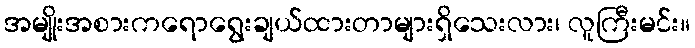
အမျိုးအစားကရောရွေးချယ်ထားတာများရှိသေးလား၊ လူကြီးမင်း။